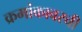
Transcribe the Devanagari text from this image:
क्रमांकावरची